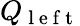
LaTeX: Q_{\mathrm{~l~e~f~t~}}